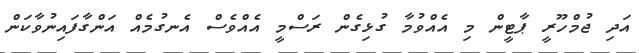
އަދި ޖުމްހޫރީ ޕާޓީން މި އެއްވުމާ ގުޅިގެން ރަސްމީ އެއްވެސް އެނގުމެއް އަންގާފައިނުވާކަން